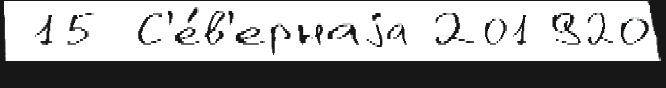
 15 С'е́в'ернаjа 201920